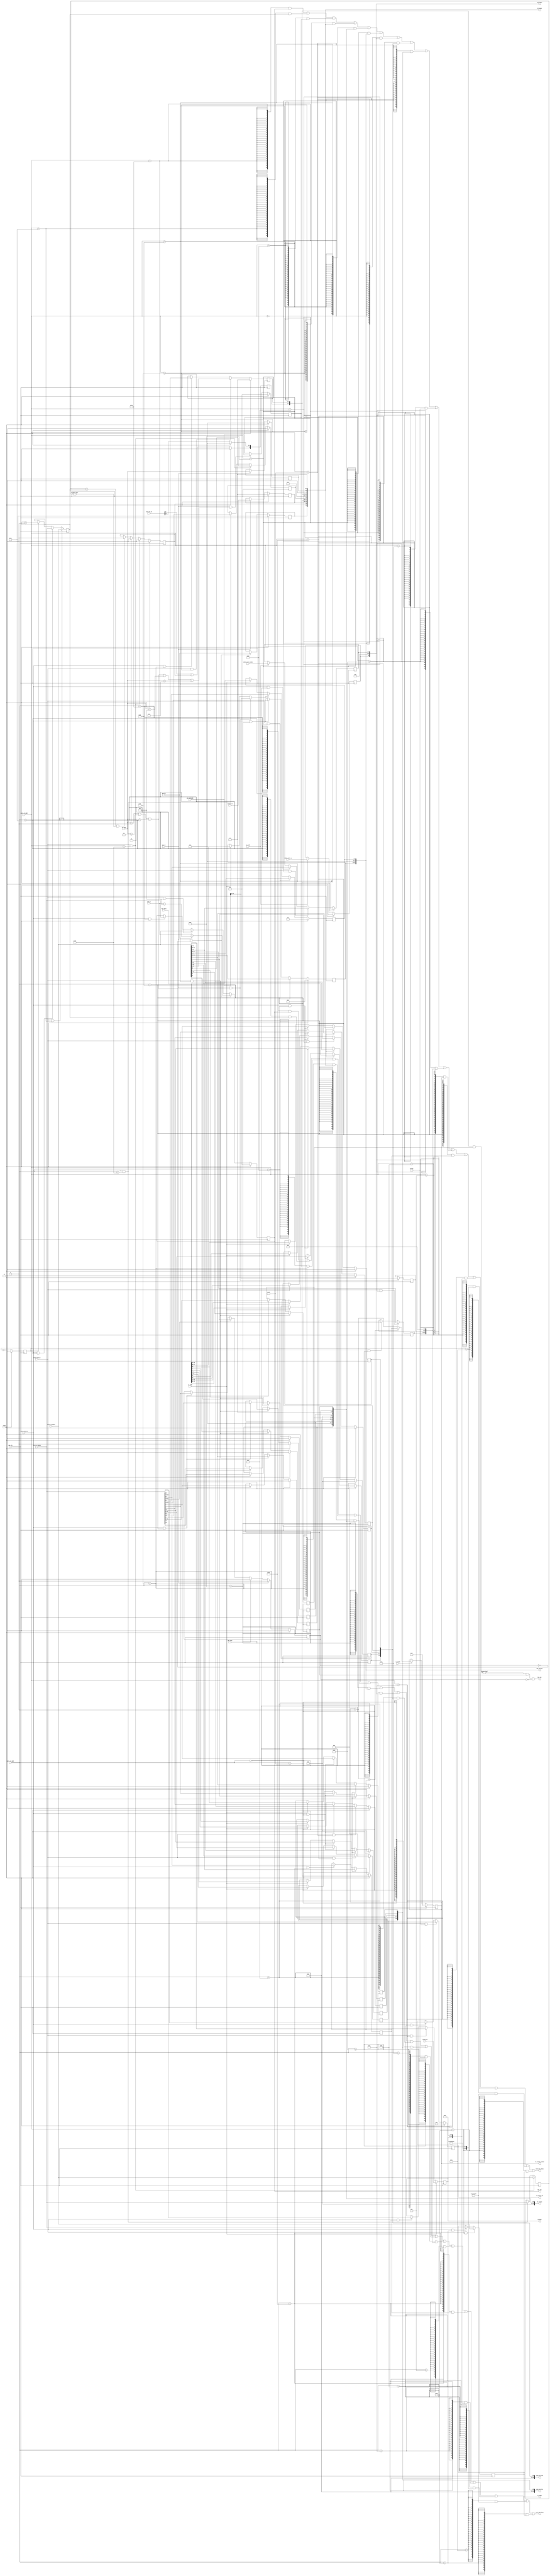
module cp0(
    input         cp0_clk     ,
    input         reset       ,
    //signals of mtc0, from pms
    input  [31:0] inst1_c0_wdata    ,
    input  [ 7:0] inst1_c0_addr     ,
    input         inst1_mtc0_we     ,
    input  [31:0] inst2_c0_wdata    ,
    input  [ 7:0] inst2_c0_addr     ,
    input         inst2_mtc0_we     ,    
    //signals of the exception, from pms, only one inst
    input         pms_ex       , //has exception
    input  [ 4:0] ex_type     , //type of exception
    input         pms_bd       , //is delay slot
    input  [31:0] pms_pc       , //pc
    input  [31:0] pms_badvaddr , //bad vaddr
    input         pms_eret        , //is eret
    input  [ 1:0] except_ce       ,     

    //output to pms
    output [31:0] inst1_c0_rdata    ,
    output [31:0] inst2_c0_rdata    ,
    output        has_int           ,
    output [31:0] epc_res           ,

    input  [ 5:0] ext_int_in        ,

    //for TLB
    output [31:0] cp0_index   ,
    output [31:0] cp0_entryhi ,
    output [31:0] cp0_entrylo0,
    output [31:0] cp0_entrylo1,
    output [2: 0] c0_config_k0,
    output [11:0] c0_mask,
    output [3: 0] c0_random_random,
    output [31:0] c0_status,
    output [31:0] c0_cause,
    output reg [31:0] c0_taglo,
    //TLBR\TLBP to CP0
    input        is_TLBR      ,
    input [77:0] TLB_rdata    ,
    input [11:0] TLBR_mask    ,     //TODO
    input        is_TLBP      ,
    input        is_TLBWR     ,     
    input        index_write_p,
    input [ 3:0] index_write_index    
);

//              -> rd    sel
//CAUSE   13 0  -> 01101 000
//STATUS  12 0  -> 01100 000
//EPC     14 0  -> 01110 000
//COUNT    9 0  -> 01001 000
//COMPARE 11 0  -> 01011 000
//BADADDR  8 0  -> 01000 000

//EntryHi 10 0  -> 01010 000
//EntryLo0 2 0  -> 00010 000
//EntryLo1 3 0  -> 00011 000
//Index    0 0  -> 00000 000

//Random   1 0  -> 00001 000
//Context  4 0  -> 00100 000
//PageMask 5 0  -> 00101 000
//Wired    6 0  -> 00110 000
//PrID    15 0  -> 01111 000 
//Config0 16 0  -> 10000 000
//Config1 16 1  -> 10000 001
//TagLo   28 0  -> 11100 000

localparam     CR_STATUS  = 8'b01100000;
localparam     CR_CAUSE   = 8'b01101000;
localparam     CR_EPC     = 8'b01110000;
localparam     CR_COUNT   = 8'b01001000;
localparam     CR_COMPARE = 8'b01011000;
localparam     CR_BADADDR = 8'b01000000;

localparam     CR_ENTRYHI  = 8'b01010000;
localparam     CR_ENTRYLO0 = 8'b00010000;
localparam     CR_ENTRYLO1 = 8'b00011000;
localparam     CR_INDEX    = 8'b00000000;

localparam     CR_RANDOM   = 8'b00001000;
localparam     CR_CONTEXT  = 8'b00100000;
localparam     CR_PAGEMASK = 8'b00101000;
localparam     CR_WIRED    = 8'b00110000;
localparam     CR_PRID     = 8'b01111000;
localparam     CR_CONFIG0  = 8'b10000000;
localparam     CR_CONFIG1  = 8'b10000001;
localparam     CR_TagLo    = 8'b11100000;

wire [4:0] wb_excode;
assign wb_excode = ex_type;

wire count_eq_compare;


//STATUS
reg        c0_status_cu0;
reg        c0_status_bev;
reg [ 7:0] c0_status_im;
reg        c0_status_um;
reg        c0_status_exl;
reg        c0_status_ie;

always @(posedge cp0_clk) begin
    if (reset) begin
        c0_status_cu0 <= 1'b0;        
    end    
    else if(inst2_mtc0_we && inst2_c0_addr == CR_STATUS) begin
        c0_status_cu0 <= inst2_c0_wdata[28];
    end
    else if(inst1_mtc0_we && inst1_c0_addr == CR_STATUS) begin
        c0_status_cu0 <= inst1_c0_wdata[28];
    end
end

always @(posedge cp0_clk) begin
    if (reset) begin
        c0_status_bev <= 1'b1;        
    end
    else if(inst2_mtc0_we && inst2_c0_addr == CR_STATUS) begin
        c0_status_bev <= inst2_c0_wdata[22];
    end
    else if(inst1_mtc0_we && inst1_c0_addr == CR_STATUS) begin
        c0_status_bev <= inst1_c0_wdata[22];
    end
end

always @(posedge cp0_clk) begin
    if (inst2_mtc0_we && inst2_c0_addr == CR_STATUS) begin
        c0_status_im  <= inst2_c0_wdata[15: 8];
    end
    else if (inst1_mtc0_we && inst1_c0_addr == CR_STATUS) begin
        c0_status_im  <= inst1_c0_wdata[15: 8];
    end
end

always @(posedge cp0_clk) begin
    if (reset) begin
        c0_status_um <= 1'b0;        
    end    
    else if(inst2_mtc0_we && inst2_c0_addr == CR_STATUS) begin
        c0_status_um <= inst2_c0_wdata[4];
    end
    else if(inst1_mtc0_we && inst1_c0_addr == CR_STATUS) begin
        c0_status_um <= inst1_c0_wdata[4];
    end
end

always @(posedge cp0_clk) begin
    if (reset) begin
        c0_status_exl <= 1'b0;
    end
    else if (pms_ex) begin
        c0_status_exl <= 1'b1;
    end
    else if (pms_eret) begin
        c0_status_exl <= 1'b0;
    end
    else if (inst2_mtc0_we && inst2_c0_addr == CR_STATUS) begin
        c0_status_exl <= inst2_c0_wdata[1];
    end     
    else if (inst1_mtc0_we && inst1_c0_addr == CR_STATUS) begin
        c0_status_exl <= inst1_c0_wdata[1];
    end    
end

always @(posedge cp0_clk) begin
    if (reset)
        c0_status_ie <= 1'b0;
    else if (inst2_mtc0_we && inst2_c0_addr == CR_STATUS)
        c0_status_ie <= inst2_c0_wdata[0];        
    else if (inst1_mtc0_we && inst1_c0_addr == CR_STATUS)
        c0_status_ie <= inst1_c0_wdata[0];
end

assign c0_status = {3'b0, c0_status_cu0, 5'b0, c0_status_bev, 6'b0, c0_status_im, 3'b0, c0_status_um, 2'b0, c0_status_exl, c0_status_ie};

//CAUSE
reg        c0_cause_bd;
reg        c0_cause_ti;
reg [ 1:0] c0_cause_ce;
reg        c0_cause_iv;
reg [ 7:0] c0_cause_ip;
reg [ 4:0] c0_cause_excode;

always @(posedge cp0_clk) begin
    if (reset)
        c0_cause_bd <= 1'b0;
    else if (pms_ex && !c0_status_exl)
        c0_cause_bd <= pms_bd;
end

always @(posedge cp0_clk) begin
    if (reset)
        c0_cause_ti <= 1'b0;
    else if (inst2_mtc0_we && inst2_c0_addr == CR_COMPARE)
        c0_cause_ti <= 1'b0;   
    else if (inst1_mtc0_we && inst1_c0_addr == CR_COMPARE)
        c0_cause_ti <= 1'b0;
    else if (count_eq_compare)
        c0_cause_ti <= 1'b1;
end

always @(posedge cp0_clk) begin
    if (reset)
        c0_cause_ce <= 2'b0;
    else if (pms_ex)
        c0_cause_ce <= except_ce;
end

always @(posedge cp0_clk) begin
    if (reset)
        c0_cause_iv <= 1'b0;
    else if (inst2_mtc0_we && inst2_c0_addr == CR_COMPARE)
        c0_cause_iv <= inst2_c0_wdata[23];
    else if (inst1_mtc0_we && inst1_c0_addr == CR_COMPARE)
        c0_cause_iv <= inst1_c0_wdata[23];
end

always @(posedge cp0_clk) begin
    if (reset)
        c0_cause_ip[7:2] <= 6'b0;
    else begin
        c0_cause_ip[7]   <= ext_int_in[5] | c0_cause_ti;
        c0_cause_ip[6:2] <= ext_int_in[4:0];
    end
end

always @(posedge cp0_clk) begin
    if (reset)
        c0_cause_ip[1:0] <= 2'b0;
    else if (inst2_mtc0_we && inst2_c0_addr == CR_CAUSE)
        c0_cause_ip[1:0] <= inst2_c0_wdata[9:8];        
    else if (inst1_mtc0_we && inst1_c0_addr == CR_CAUSE)
        c0_cause_ip[1:0] <= inst1_c0_wdata[9:8];
end

always @(posedge cp0_clk) begin
    if (reset)
        c0_cause_excode <= 5'b0;
    else if (pms_ex)
        c0_cause_excode <= wb_excode;
end

assign c0_cause = {c0_cause_bd, c0_cause_ti, c0_cause_ce, 4'b0, c0_cause_iv, 7'b0, c0_cause_ip[7:0], 1'b0, c0_cause_excode, 2'b0};

//EPC
reg [31:0] c0_epc;
always @(posedge cp0_clk) begin
    if (reset)
        c0_epc <= 32'b0;
    else if (pms_ex && !c0_status_exl)
        c0_epc <= pms_bd ? pms_pc - 3'h4 : pms_pc;
    else if (inst2_mtc0_we && inst2_c0_addr == CR_EPC)
        c0_epc <= inst2_c0_wdata;
    else if (inst1_mtc0_we && inst1_c0_addr == CR_EPC)
        c0_epc <= inst1_c0_wdata;
end

//BadVAddr
reg [31:0] c0_badvaddr;
always @(posedge cp0_clk) begin
    if (reset)
        c0_badvaddr <= 32'b0;
    else if (pms_ex && (wb_excode == 5'h1 || wb_excode == 5'h2 || 
                       wb_excode == 5'h3 || wb_excode == 5'h4 || wb_excode == 5'h5))  
        c0_badvaddr <= pms_badvaddr;
end

//COUNT
reg tick;
reg [31:0] c0_count;
always @(posedge cp0_clk) begin
    if (reset) 
        tick <= 1'b0;
    else 
        tick <= ~tick;
    if (inst2_mtc0_we && inst2_c0_addr == CR_COUNT)
        c0_count <= inst2_c0_wdata;
    else if (inst1_mtc0_we && inst1_c0_addr == CR_COUNT)
        c0_count <= inst1_c0_wdata;
    else if (tick)
        c0_count <= c0_count + 1'b1;
end

//COMPARE
reg [31:0] c0_compare;
always @(posedge cp0_clk) begin
    if (inst2_mtc0_we && inst2_c0_addr == CR_COMPARE)
        c0_compare <= inst2_c0_wdata;
    else if (inst1_mtc0_we && inst1_c0_addr == CR_COMPARE)
        c0_compare <= inst1_c0_wdata;
end

assign count_eq_compare = (c0_compare == c0_count) && (c0_compare != 32'b0);
assign has_int = ((c0_cause_ip[7:0] & c0_status_im[7:0]) != 8'h00) && c0_status_ie == 1'b1 && c0_status_exl == 1'b0;                                                       
assign epc_res = c0_epc;

//INDEX
reg        c0_index_p;
reg [ 3:0] c0_index_index;

always @(posedge cp0_clk)begin
    if (reset)
        c0_index_p <= 1'b0;
    else if(is_TLBP)
        c0_index_p <= index_write_p;
end

always @(posedge cp0_clk)begin
    if (reset)
        c0_index_index <= 4'b0;
    else if (inst2_mtc0_we && inst2_c0_addr == CR_INDEX)
        c0_index_index <= inst2_c0_wdata[3:0];
    else if (inst1_mtc0_we && inst1_c0_addr == CR_INDEX)
        c0_index_index <= inst1_c0_wdata[3:0];
    else if(is_TLBP)
        c0_index_index <= index_write_index;
end

assign cp0_index = {c0_index_p, 27'b0, c0_index_index};

//ENTRYLO0
reg [19:0] c0_PFN0;
reg [ 2:0] c0_C0;
reg        c0_D0;
reg        c0_V0;
reg        c0_G0;

always @(posedge cp0_clk)begin
    if (reset)
        c0_PFN0 <= 20'b0;
    else if (inst2_mtc0_we && inst2_c0_addr == CR_ENTRYLO0)
        c0_PFN0 <= inst2_c0_wdata[25:6];
    else if (inst1_mtc0_we && inst1_c0_addr == CR_ENTRYLO0)
        c0_PFN0 <= inst1_c0_wdata[25:6];
    else if(is_TLBR)
        c0_PFN0 <= TLB_rdata[49:30];
end

always @(posedge cp0_clk)begin
    if (reset)
        c0_C0 <= 3'b0;
    else if (inst2_mtc0_we && inst2_c0_addr == CR_ENTRYLO0)
        c0_C0 <= inst2_c0_wdata[ 5:3];
    else if (inst1_mtc0_we && inst1_c0_addr == CR_ENTRYLO0)
        c0_C0 <= inst1_c0_wdata[ 5:3];
    else if(is_TLBR)
        c0_C0 <= TLB_rdata[29:27];
end

always @(posedge cp0_clk)begin
    if (reset)
        c0_D0 <= 1'b0;
    else if (inst2_mtc0_we && inst2_c0_addr == CR_ENTRYLO0)
        c0_D0 <= inst2_c0_wdata[2];
    else if (inst1_mtc0_we && inst1_c0_addr == CR_ENTRYLO0)
        c0_D0 <= inst1_c0_wdata[2];
    else if(is_TLBR)
        c0_D0 <= TLB_rdata[26];
end

always @(posedge cp0_clk)begin
    if (reset)
        c0_V0 <= 1'b0;
    else if (inst2_mtc0_we && inst2_c0_addr == CR_ENTRYLO0)
        c0_V0 <= inst2_c0_wdata[1];
    else if (inst1_mtc0_we && inst1_c0_addr == CR_ENTRYLO0)
        c0_V0 <= inst1_c0_wdata[1];
    else if(is_TLBR)
        c0_V0 <= TLB_rdata[25]; 
end

always @(posedge cp0_clk)begin
    if (reset)
        c0_G0 <= 1'b0;
    else if (inst2_mtc0_we && inst2_c0_addr == CR_ENTRYLO0)
        c0_G0 <= inst2_c0_wdata[0];
    else if (inst1_mtc0_we && inst1_c0_addr == CR_ENTRYLO0)
        c0_G0 <= inst1_c0_wdata[0];
    else if(is_TLBR)
        c0_G0 <= TLB_rdata[50];          
end

assign cp0_entrylo0 = {6'b0, c0_PFN0, c0_C0, c0_D0, c0_V0, c0_G0};

//ENTRYLO1
reg [19:0] c0_PFN1;
reg [ 2:0] c0_C1;
reg        c0_D1;
reg        c0_V1;
reg        c0_G1;

always @(posedge cp0_clk)begin
    if (reset)
        c0_PFN1 <= 20'b0;
    else if (inst2_mtc0_we && inst2_c0_addr == CR_ENTRYLO1)
        c0_PFN1 <= inst2_c0_wdata[25:6];
    else if (inst1_mtc0_we && inst1_c0_addr == CR_ENTRYLO1)
        c0_PFN1 <= inst1_c0_wdata[25:6];
    else if(is_TLBR)
        c0_PFN1 <= TLB_rdata[24:5];
end

always @(posedge cp0_clk)begin
    if (reset)
        c0_C1 <= 3'b0;
    else if (inst2_mtc0_we && inst2_c0_addr == CR_ENTRYLO1)
        c0_C1 <= inst2_c0_wdata[ 5:3];
    else if (inst1_mtc0_we && inst1_c0_addr == CR_ENTRYLO1)
        c0_C1 <= inst1_c0_wdata[ 5:3];
    else if(is_TLBR)
        c0_C1 <= TLB_rdata[ 4:2];        
end

always @(posedge cp0_clk)begin
    if (reset)
        c0_D1 <= 1'b0;
    else if (inst2_mtc0_we && inst2_c0_addr == CR_ENTRYLO1)
        c0_D1 <= inst2_c0_wdata[2];
    else if (inst1_mtc0_we && inst1_c0_addr == CR_ENTRYLO1)
        c0_D1 <= inst1_c0_wdata[2];
    else if(is_TLBR)
        c0_D1 <= TLB_rdata[1];  
end

always @(posedge cp0_clk)begin
    if (reset)
        c0_V1 <= 1'b0;
    else if (inst2_mtc0_we && inst2_c0_addr == CR_ENTRYLO1)
        c0_V1 <= inst2_c0_wdata[1];
    else if (inst1_mtc0_we && inst1_c0_addr == CR_ENTRYLO1)
        c0_V1 <= inst1_c0_wdata[1];
    else if(is_TLBR)
        c0_V1 <= TLB_rdata[0];  
end

always @(posedge cp0_clk)begin
    if (reset)
        c0_G1 <= 1'b0;
    else if (inst2_mtc0_we && inst2_c0_addr == CR_ENTRYLO1)
        c0_G1 <= inst2_c0_wdata[0];
    else if (inst1_mtc0_we && inst1_c0_addr == CR_ENTRYLO1)
        c0_G1 <= inst1_c0_wdata[0];
    else if(is_TLBR)
        c0_G1 <= TLB_rdata[50];  
end

assign cp0_entrylo1 = {6'b0, c0_PFN1, c0_C1, c0_D1, c0_V1, c0_G1};

//ENTRYHI
reg [18:0] c0_VPN2; 
reg [ 7:0] c0_ASID;

always @(posedge cp0_clk)begin
    if (reset)
        c0_VPN2 <= 19'b0;
    else if (inst2_mtc0_we && inst2_c0_addr == CR_ENTRYHI)
        c0_VPN2 <= inst2_c0_wdata[31:13];
    else if (inst1_mtc0_we && inst1_c0_addr == CR_ENTRYHI)
        c0_VPN2 <= inst1_c0_wdata[31:13];
    else if(pms_ex && (wb_excode == 5'h1 || wb_excode == 5'h2 || wb_excode == 5'h3))
        c0_VPN2 <= pms_badvaddr[31:13];
    else if(is_TLBR)
        c0_VPN2 <= TLB_rdata[77:59];
end

always @(posedge cp0_clk)begin
    if (reset)
        c0_ASID <= 8'b0;
    else if (inst2_mtc0_we && inst2_c0_addr == CR_ENTRYHI)
        c0_ASID <= inst2_c0_wdata[ 7:0];
    else if (inst1_mtc0_we && inst1_c0_addr == CR_ENTRYHI)
        c0_ASID <= inst1_c0_wdata[ 7:0];
    else if(is_TLBR)
        c0_ASID <= TLB_rdata[58:51];
end

assign cp0_entryhi = {c0_VPN2, 5'b0, c0_ASID};


//CONTEXT
reg [8:0] c0_context_ptebase;
reg [18:0] c0_context_badvpn2;

always @(posedge cp0_clk) begin
    // PTEBase
    if(inst2_mtc0_we && inst2_c0_addr == CR_CONTEXT) 
        c0_context_ptebase <= inst2_c0_wdata[31:23];
    else if(inst1_mtc0_we && inst1_c0_addr == CR_CONTEXT)
        c0_context_ptebase <= inst1_c0_wdata[31:23];
end

always @(posedge cp0_clk) begin
    // BadVPN2
    if (pms_ex && (wb_excode == 5'h1 || wb_excode == 5'h2 || wb_excode == 5'h3)) 
        c0_context_badvpn2 <= pms_badvaddr[31:13];    
end

//WIRED
reg [3:0] c0_wired_wired;

always @(posedge cp0_clk) begin
    // Wired
    if (reset) 
        c0_wired_wired <= 4'b0;
    else if (inst2_mtc0_we && inst2_c0_addr == CR_WIRED) 
        c0_wired_wired <= inst2_c0_wdata[3:0];
    else if (inst1_mtc0_we && inst1_c0_addr == CR_WIRED) 
        c0_wired_wired <= inst1_c0_wdata[3:0];    
end

//RANDOM
reg [3:0] c0_random_random;

wire [3:0] next_random = c0_random_random + 1'b1;
always @(posedge cp0_clk) begin
    // Random
    if (reset) 
        c0_random_random <= 4'b1111;
    else if (is_TLBWR) 
        c0_random_random <= (next_random < c0_wired_wired) ? c0_wired_wired : next_random;
end

//PAGEMASK
reg [11:0] c0_mask;

always @(posedge cp0_clk) begin
    /*if(reset)//DEBUG
        c0_mask <= 12'd0;
    else if(is_TLBR)*/
    if (is_TLBR)
        c0_mask <= TLBR_mask;
    else if(inst2_mtc0_we && inst2_c0_addr == CR_PAGEMASK) 
        c0_mask <= inst2_c0_wdata[24:13];
    else if(inst1_mtc0_we && inst1_c0_addr == CR_PAGEMASK) 
        c0_mask <= inst1_c0_wdata[24:13];
end

//CONFIG0
reg [2:0] c0_config_k0;

always @(posedge cp0_clk) begin
    if(reset)
        c0_config_k0 <= 3'd3;
    else if(inst2_mtc0_we && inst2_c0_addr == CR_CONFIG0) 
        c0_config_k0 <= inst2_c0_wdata[2:0];
    else if(inst1_mtc0_we && inst1_c0_addr == CR_CONFIG0) 
        c0_config_k0 <= inst1_c0_wdata[2:0];
end

//TagLo

always @(posedge cp0_clk) begin
    if (inst2_mtc0_we && inst2_c0_addr == CR_TagLo) 
        c0_taglo <= inst2_c0_wdata;
    else if (inst1_mtc0_we && inst1_c0_addr == CR_TagLo) 
        c0_taglo <= inst1_c0_wdata;
end

assign inst1_c0_rdata = {32{(inst1_c0_addr == CR_EPC)}} & c0_epc |
                        {32{(inst1_c0_addr == CR_COUNT)}} & c0_count |
                        {32{(inst1_c0_addr == CR_BADADDR)}} & c0_badvaddr |
                        {32{(inst1_c0_addr == CR_CAUSE)}} & {c0_cause_bd, c0_cause_ti, c0_cause_ce, 4'b0, c0_cause_iv, 7'b0, c0_cause_ip[7:0], 1'b0, c0_cause_excode, 2'b0} |
                        {32{(inst1_c0_addr == CR_STATUS)}} & {3'b0, c0_status_cu0, 5'b0, c0_status_bev, 6'b0, c0_status_im, 3'b0, c0_status_um, 2'b0, c0_status_exl, c0_status_ie} |
                        {32{(inst1_c0_addr == CR_ENTRYHI)}} & {c0_VPN2, 5'b0, c0_ASID} |
                        {32{(inst1_c0_addr == CR_INDEX)}} & {c0_index_p, 27'b0, c0_index_index} |
                        {32{(inst1_c0_addr == CR_ENTRYLO0)}} & {6'b0, c0_PFN0, c0_C0, c0_D0, c0_V0, c0_G0} |
                        {32{(inst1_c0_addr == CR_ENTRYLO1)}} & {6'b0, c0_PFN1, c0_C1, c0_D1, c0_V1, c0_G1} |
                        {32{(inst1_c0_addr == CR_PRID)}} & {32'h00004220} |
                        {32{(inst1_c0_addr == CR_CONTEXT)}} & {c0_context_ptebase, c0_context_badvpn2, 4'b0} |
                        {32{(inst1_c0_addr == CR_RANDOM)}} & {28'b0, c0_random_random} |
                        {32{(inst1_c0_addr == CR_WIRED)}} & {28'b0, c0_wired_wired} |
                        {32{(inst1_c0_addr == CR_PAGEMASK)}} & {8'b0, c0_mask, 13'b0} |
                        {32{(inst1_c0_addr == CR_CONFIG0)}} & {1'b1, 21'b0, 3'b1, 4'b0, c0_config_k0} |
                        {32{(inst1_c0_addr == CR_CONFIG1)}} & {1'b0, 6'd15, 3'd1, 3'd4, 3'd1, 3'd1, 3'd4, 3'd1, 7'b0} |
                        {32{(inst1_c0_addr == CR_TagLo)}} & c0_taglo;

assign inst2_c0_rdata = {32{(inst2_c0_addr == CR_EPC)}} & c0_epc |
                        {32{(inst2_c0_addr == CR_COUNT)}} & c0_count |
                        {32{(inst2_c0_addr == CR_BADADDR)}} & c0_badvaddr |
                        {32{(inst2_c0_addr == CR_CAUSE)}} & {c0_cause_bd, c0_cause_ti, c0_cause_ce, 4'b0, c0_cause_iv, 7'b0, c0_cause_ip[7:0], 1'b0, c0_cause_excode, 2'b0} |
                        {32{(inst2_c0_addr == CR_STATUS)}} & {3'b0, c0_status_cu0, 5'b0, c0_status_bev, 6'b0, c0_status_im, 3'b0, c0_status_um, 2'b0, c0_status_exl, c0_status_ie} |
                        {32{(inst2_c0_addr == CR_ENTRYHI)}} & {c0_VPN2, 5'b0, c0_ASID} |
                        {32{(inst2_c0_addr == CR_INDEX)}} & {c0_index_p, 27'b0, c0_index_index} |
                        {32{(inst2_c0_addr == CR_ENTRYLO0)}} & {6'b0, c0_PFN0, c0_C0, c0_D0, c0_V0, c0_G0} |
                        {32{(inst2_c0_addr == CR_ENTRYLO1)}} & {6'b0, c0_PFN1, c0_C1, c0_D1, c0_V1, c0_G1} |
                        {32{(inst2_c0_addr == CR_PRID)}} & {32'h00004220} |
                        {32{(inst2_c0_addr == CR_CONTEXT)}} & {c0_context_ptebase, c0_context_badvpn2, 4'b0} |
                        {32{(inst2_c0_addr == CR_RANDOM)}} & {28'b0, c0_random_random} |
                        {32{(inst2_c0_addr == CR_WIRED)}} & {28'b0, c0_wired_wired} |
                        {32{(inst2_c0_addr == CR_PAGEMASK)}} & {8'b0, c0_mask, 13'b0} |
                        {32{(inst2_c0_addr == CR_CONFIG0)}} & {1'b1, 21'b0, 3'b1, 4'b0, c0_config_k0} |
                        {32{(inst2_c0_addr == CR_CONFIG1)}} & {1'b0, 6'd15, 3'd1, 3'd4, 3'd1, 3'd1, 3'd4, 3'd1, 7'b0} |
                        {32{(inst2_c0_addr == CR_TagLo)}} & c0_taglo;
endmodule